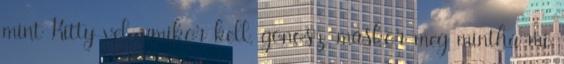
mint Kitty-vel, amikor kell, gonosz, máskor meg mintha mi